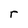
Character: P